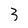
Character: 3